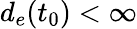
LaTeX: d_{e}(t_{0})<\infty